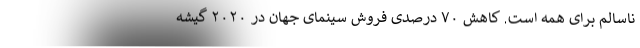
ناسالم برای همه است. کاهش ۷۰ درصدی فروش سینمای جهان در ۲۰۲۰ گیشه